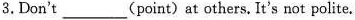
3.Don't_-(point)at others. It's not polite.